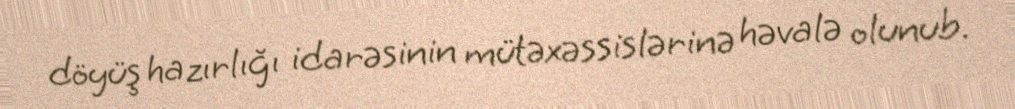
döyüş hazırlığı idarəsinin mütəxəssislərinə həvalə olunub.